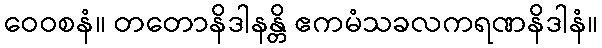
ဝေဝစနံ။ တတောနိဒါနန္တိ ဧကမံသခလကရဏနိဒါနံ။